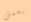
يعملن